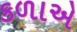
કળાએ